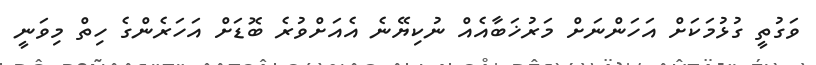
ވަގުތީ ގުޅުމަކަށް އަހަންނަށް މަރުޚަބާއެއް ނުކިޔޭނެ އެއަށްވުރެ ބޮޑަށް އަހަރެންގެ ހިތް މިވަނީ